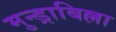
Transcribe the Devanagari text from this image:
मुन्ड्राबिल्ला